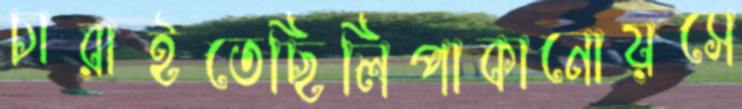
চারাইতেছিলিপাকানোয়সে